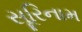
સૂરિનામ